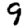
Digit: 9